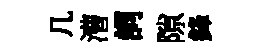
几漕詞隙鋒